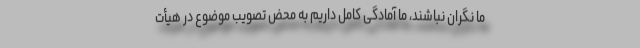
ما نگران نباشند، ما آمادگی کامل داریم به محض تصویب موضوع در هیأت‌